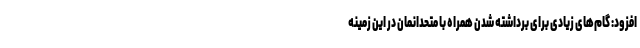
افزود: گام‌های زیادی برای برداشته شدن همراه با متحدانمان در این زمینه